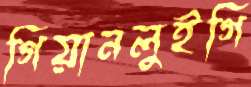
গিয়ানলুইগি